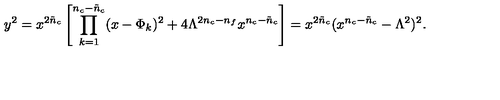
y ^ { 2 } = x ^ { 2 \tilde { n } _ { c } } \left[ \prod _ { k = 1 } ^ { n _ { c } - \tilde { n } _ { c } } ( x - \Phi _ { k } ) ^ { 2 } + 4 \Lambda ^ { 2 n _ { c } - n _ { f } } x ^ { n _ { c } - \tilde { n } _ { c } } \right] = x ^ { 2 { \tilde { n } } _ { c } } ( x ^ { n _ { c } - { \tilde { n } } _ { c } } - \Lambda ^ { 2 } ) ^ { 2 } .